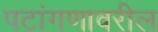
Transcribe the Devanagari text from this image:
पटांगणावरील